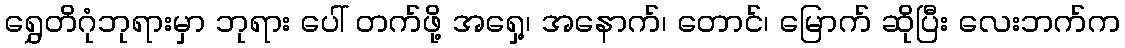
ရွှေတိဂုံဘုရားမှာ ဘုရား ပေါ် တက်ဖို့ အရှေ့၊ အနောက်၊ တောင်၊ မြောက် ဆိုပြီး လေးဘက်က